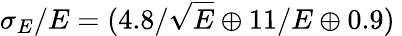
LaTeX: \sigma_{E}/E=(4.8/\sqrt{E}\oplus 11/E\oplus 0.9)\